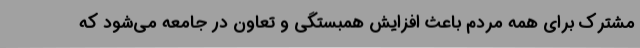
مشترک برای همه مردم باعث افزایش همبستگی و تعاون در جامعه می‌شود که